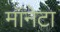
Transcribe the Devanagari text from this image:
मॉनेटा